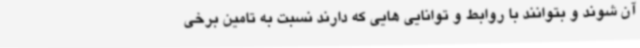
آن شوند و بتوانند با روابط و توانایی هایی که دارند نسبت به تامین برخی